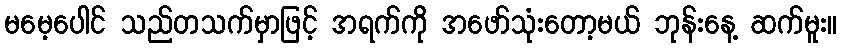
မမေ့ပေါင် သည်တသက်မှာဖြင့် အရက်ကို အဖော်သုံးတော့မယ် ဘုန်းနေ့ ဆက်မူး။